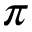
\pi